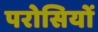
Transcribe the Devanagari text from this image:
परोसियों